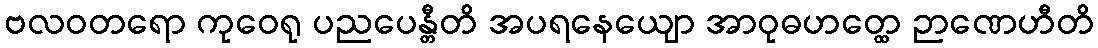
ဗလဝတရော ကုဝေရု ပညပေန္တီတိ အပရနေယျော အာဝုဓဟတ္ထေ ဉာဏေဟီတိ